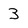
Character: 3